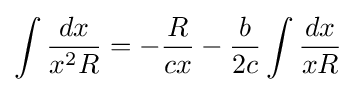
\int {\frac {dx}{x^{2}R}}=-{\frac {R}{cx}}-{\frac {b}{2c}}\int {\frac {dx}{xR}}